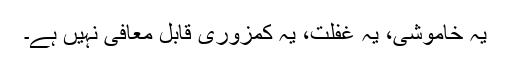
یہ خاموشی، یہ غفلت، یہ کمزوری قابلِ معافی نہیں ہے۔